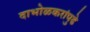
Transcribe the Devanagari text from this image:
दाभोळकरांपुढे